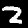
Digit: 2